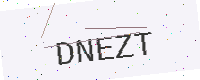
Text: DNEZT